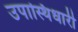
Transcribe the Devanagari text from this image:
उपास्थिधारी